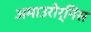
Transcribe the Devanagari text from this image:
अमाउरोर्निस